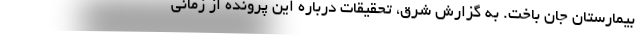
بیمارستان جان باخت. به گزارش شرق، تحقیقات درباره این پرونده از زمانی